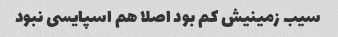
سیب زمینیش کم بود اصلا هم اسپایسی نبود